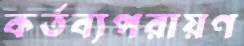
কর্তব্যপরায়ণ